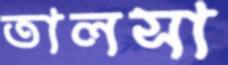
তালসা